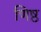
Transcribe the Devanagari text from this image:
णिष्ठ